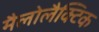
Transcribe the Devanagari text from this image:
मैलोलैक्टिक